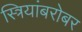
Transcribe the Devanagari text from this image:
स्त्रियांबरोबर